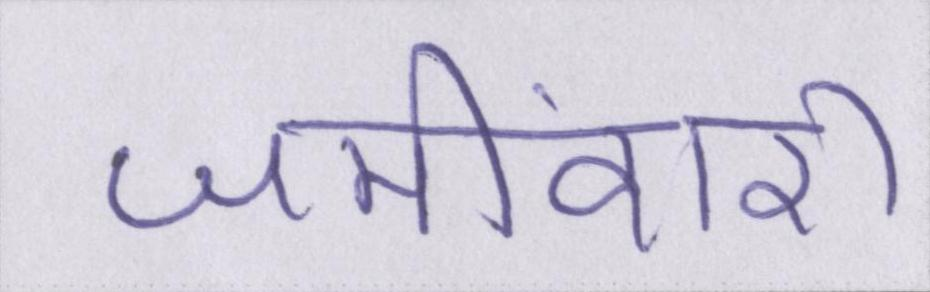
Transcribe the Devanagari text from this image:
जमींदारी